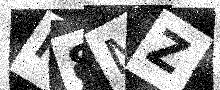
Text: N8MZ